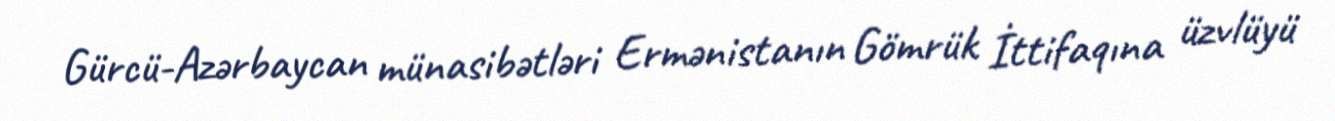
Gürcü-Azərbaycan münasibətləri Ermənistanın Gömrük İttifaqına üzvlüyü